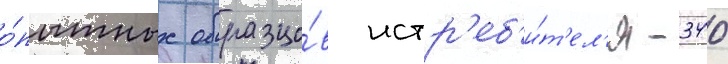
о́пытных образцо́в истр'еб'и́т'ел'я -340